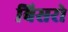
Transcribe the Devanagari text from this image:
बिसरो